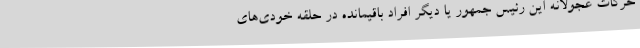
حرکات عجولانه این رئیس جمهور یا دیگر افراد باقیمانده در حلقه خودی‌های